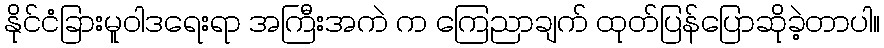
နိုင်ငံခြားမူဝါဒရေးရာ အကြီးအကဲ က ကြေညာချက် ထုတ်ပြန်ပြောဆိုခဲ့တာပါ။